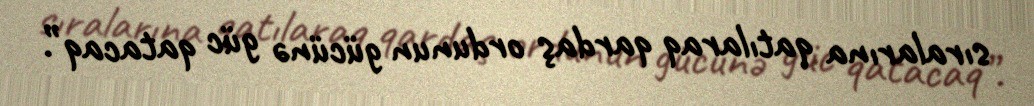
sıralarına qatılaraq qardaş ordunun gücünə güc qatacaq”.